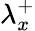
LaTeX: {\lambda}_{x}^{+}